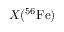
X ( ^ { 5 6 } \mathrm { F e } )